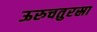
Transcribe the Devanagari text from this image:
ऊरुचतुरस्रा